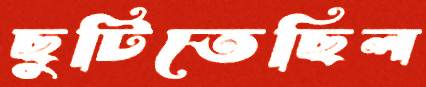
ছুটিতেছিল